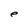
Character: e